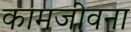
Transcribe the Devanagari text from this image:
कामजीवना